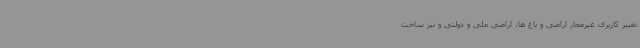
تغییر کاربری غیرمجاز اراضی و باغ ها، اراضی ملی و دولتی و نیز ساخت